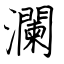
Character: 瀾